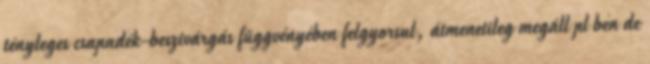
tényleges csapadék-beszivárgás függvényében felgyorsul, átmenetileg megáll pl ben de